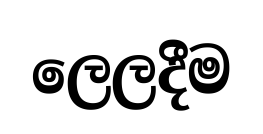
ලෙලදීම